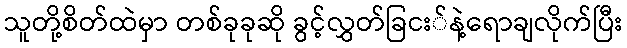
သူတို့စိတ်ထဲမှာ တစ်ခုခုဆို ခွင့်လွှတ်ခြငး်နဲ့ရောချလိုက်ပြီး